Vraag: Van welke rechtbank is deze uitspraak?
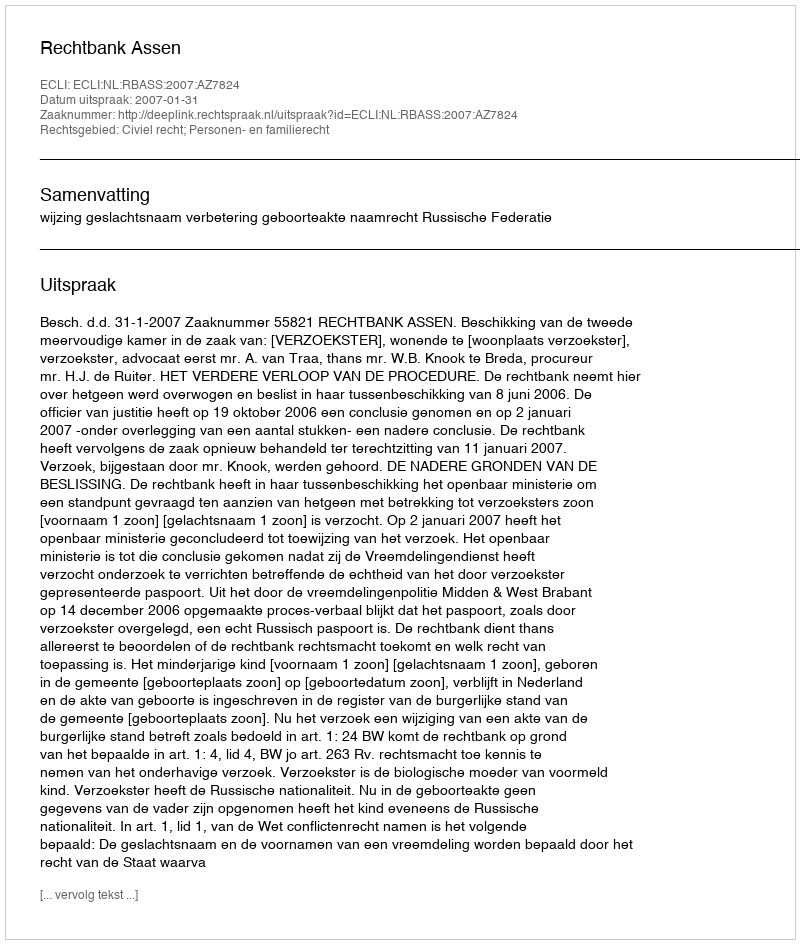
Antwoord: Rechtbank Assen